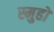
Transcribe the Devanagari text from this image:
स्मुहों